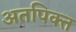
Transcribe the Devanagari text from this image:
अतपिक्त